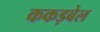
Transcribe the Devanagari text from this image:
ककड़बेल